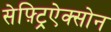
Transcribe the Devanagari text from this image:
सेफ़्ट्रिऐक्सोन